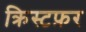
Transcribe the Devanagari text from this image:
क्रिस्टफ़र